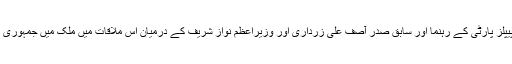
پاکستان میں حزب اختلاف کی سب بڑی جماعت پیپلز پارٹی کے رہنما اور سابق صدر آصف علی زرداری اور وزیراعظم نواز شریف کے درمیان اس ملاقات میں ملک میں جمہوری نظام کے تسلسل اور استحکام پر اتفاق کیا گیا ہے۔